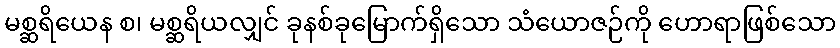
မစ္ဆရိယေန စ၊ မစ္ဆရိယလျှင် ခုနစ်ခုမြောက်ရှိသော သံယောဇဉ်ကို ဟောရာဖြစ်သော